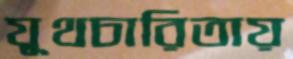
যূথচারিতায়